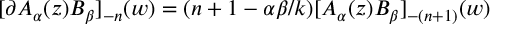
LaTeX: [ \partial A _ { \alpha } ( z ) B _ { \beta } ] _ { - n } ( w ) = ( n + 1 - \alpha \beta / k ) [ A _ { \alpha } ( z ) B _ { \beta } ] _ { - ( n + 1 ) } ( w )